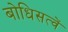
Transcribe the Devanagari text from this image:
बोधिसत्वें